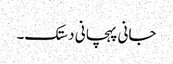
جانی پہچانی دستک۔